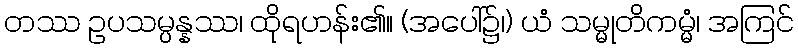
တဿ ဥပသမ္ပန္နဿ၊ ထိုရဟန်း၏။ (အပေါ်၌၊) ယံ သမ္မုတိကမ္မံ၊ အကြင်